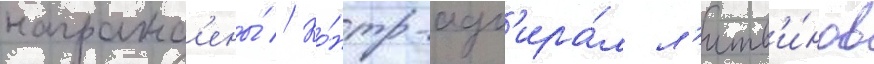
награжд'ены́ // Ко́нтр-адм'ира́л л'итв'и́нов